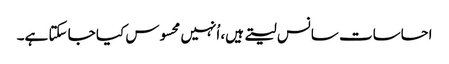
احساسات سانس لیتے ہیں، اُنہیں محسوس کیا جا سکتا ہے۔